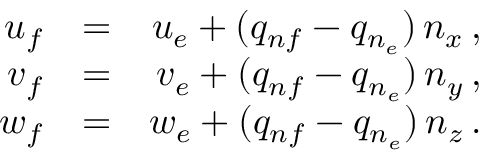
\begin{array} { r l r } { { u _ { f } } } & { { = } } & { { u _ { e } + ( q _ { n f } - q _ { n _ { e } } ) \, n _ { x } \, \mathrm { , } } } \\ { { v _ { f } } } & { { = } } & { { v _ { e } + ( q _ { n f } - q _ { n _ { e } } ) \, n _ { y } \, \mathrm { , } } } \\ { { w _ { f } } } & { { = } } & { { w _ { e } + ( q _ { n f } - q _ { n _ { e } } ) \, n _ { z } \, \mathrm { . } } } \end{array}